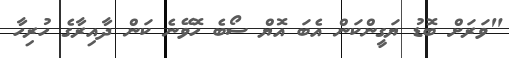
"ވަރަށް ބޮޑު ޔަގީންކަން އެބަ އޮޔް ސޯބެ ހޮވޭނެ ކަން ދާއިރާގެ ހުރިހާ